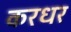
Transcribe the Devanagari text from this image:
करधर